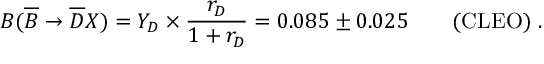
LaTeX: B ( \overline { { B } } \to \overline { { D } } X ) = Y _ { D } \times { \frac { r _ { D } } { 1 + r _ { D } } } = 0 . 0 8 5 \pm 0 . 0 2 5 \qquad \mathrm { ( C L E O ) } \; .